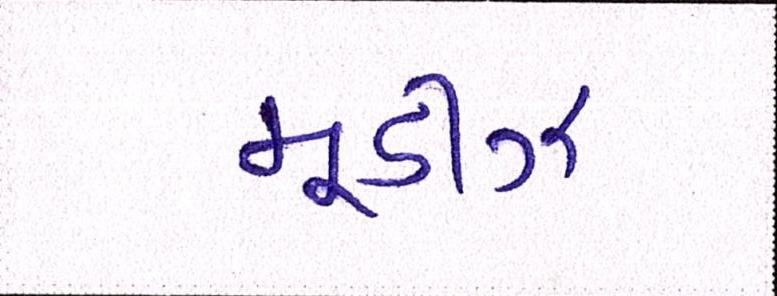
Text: મૂડીઝે